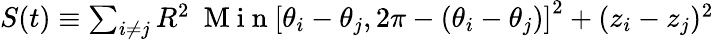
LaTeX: \begin{array}{r}{S(t)\equiv\sum_{i\neq j}R^{2}~\mathrm{~M~i~n~}\left[\theta_{i}-\theta_{j},2\pi-(\theta_{i}-\theta_{j})\right]^{2}+(z_{i}-z_{j})^{2}}\end{array}